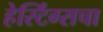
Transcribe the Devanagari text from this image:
हेस्टिंग्सचा